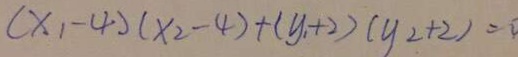
( x _ { 1 } - 4 ) ( x _ { 2 } - 4 ) + ( y _ { 1 } + 2 ) ( y _ { 2 } + 2 ) = 0